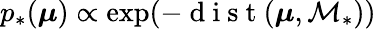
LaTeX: p_{*}(\boldsymbol{\mu})\propto\exp(-\mathrm{~d~i~s~t~}(\boldsymbol{\mu},\mathcal{M}_{*}))